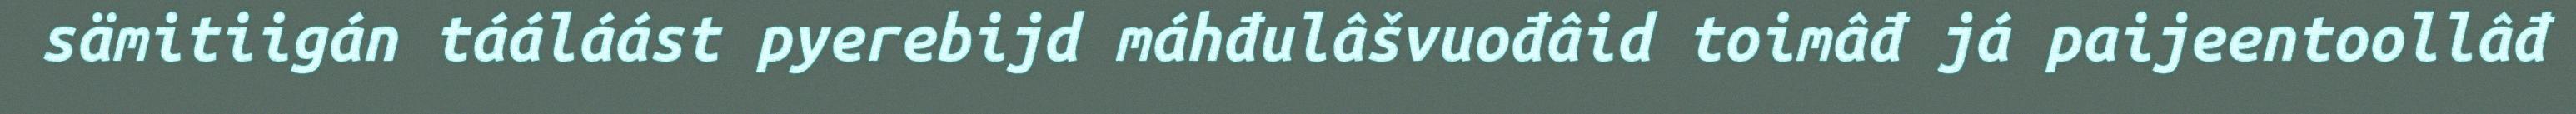
sämitiigán tááláást pyerebijd máhđulâšvuođâid toimâđ já paijeentoollâđ